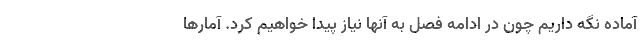
آماده نگه داریم چون در ادامه فصل به آنها نیاز پیدا خواهیم کرد. آمارها